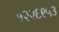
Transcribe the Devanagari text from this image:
१२२६९५३